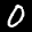
Label: 0